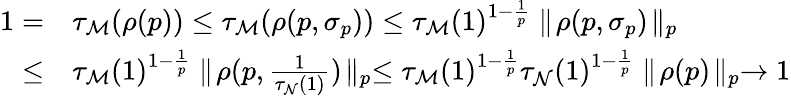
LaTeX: \begin{array}{rl}{1=}&{\tau_{\mathcal M}(\rho(p))\le\tau_{\mathcal M}(\rho(p,\sigma_{p}))\le\tau_{\mathcal M}(1)^{1-\frac{1}{p}}\parallel\! \rho(p,\sigma_{p})\! \parallel_{p}}\\ {\le}&{\tau_{\mathcal M}(1)^{1-\frac{1}{p}}\parallel\! \rho(p,\frac{1}{\tau_{\mathcal N}(1)})\! \parallel_{p}\le\tau_{\mathcal M}(1)^{1-\frac{1}{p}}\tau_{\mathcal N}(1)^{1-\frac{1}{p}}\parallel\! \rho(p)\! \parallel_{p}\to 1}\end{array}